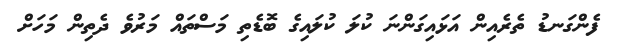
ފެންގަނޑު ތެރެއިން އަޅައިގަންނަ ކުލަ ކުލައިގެ ބޮޑެތި މަސްތައް މަރުވެ ދެތިން މަހަށް